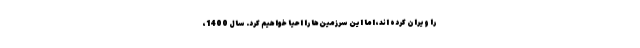
را ویران کرده اند، اما این سرزمین‌ها را احیا خواهیم کرد. سال 1400،